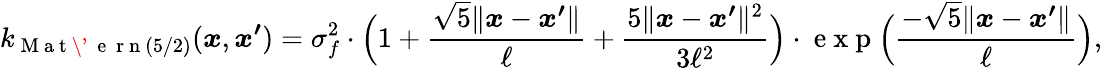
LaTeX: k_{\mathrm{~M~a~t~\' ~{~e~}~r~n~}(5/2)}(\boldsymbol{x},\boldsymbol{x^{\prime}})=\sigma_{f}^{2}\cdot\Big(1+\frac{\sqrt{5}\lVert\boldsymbol{x}-\boldsymbol{x^{\prime}}\rVert}{\ell}+\frac{5\lVert\boldsymbol{x}-\boldsymbol{x^{\prime}}\rVert^{2}}{3\ell^{2}}\Big)\cdot\mathrm{~e~x~p~}\Big(\frac{-\sqrt{5}\lVert\boldsymbol{x}-\boldsymbol{x^{\prime}}\rVert}{\ell}\Big),